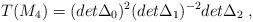
LaTeX: \begin{align*}T(M_4)=(det\Delta_0)^2(det\Delta_1)^{-2}det\Delta_2 \;,\end{align*}